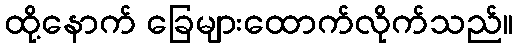
ထို့နောက် ခြေများထောက်လိုက်သည်။